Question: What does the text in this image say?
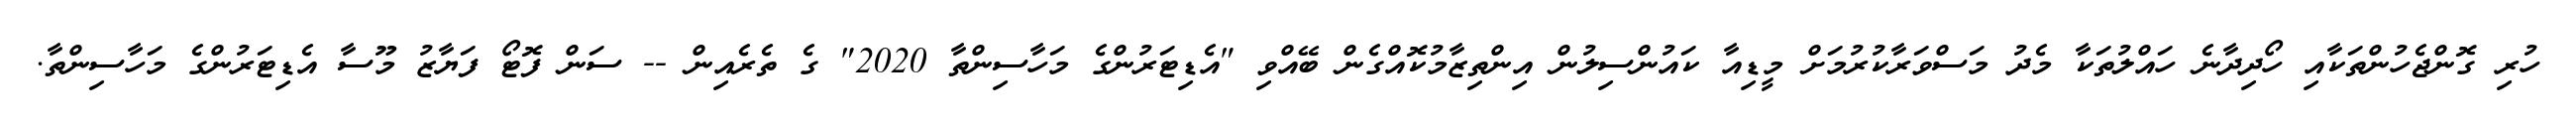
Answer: ހުރި ގޮންޖެހުންތަކާއި ހޯދިދާނެ ހައްލުތަކާ މެދު މަސްވަރާކުރުމަށް މީޑިއާ ކައުންސިލުން އިންތިޒާމުކޮއްގެން ބޭއްވި "އެޑިޓަރުންގެ މަހާސިންތާ 2020" ގެ ތެރެއިން -- ސަން ފޮޓޯ ފަޔާޒު މޫސާ އެޑިޓަރުންގެ މަހާސިންތާ.